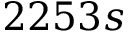
2 2 5 3 s